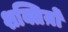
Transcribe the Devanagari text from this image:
शक्तिय़ों